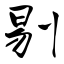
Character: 剔